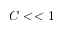
C < < 1